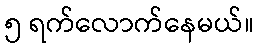
၅ ရက်လောက်နေမယ်။